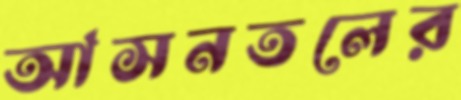
আসনতলের